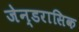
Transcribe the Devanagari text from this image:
जेन्डरासिक